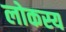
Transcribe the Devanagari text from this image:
लोकस्य